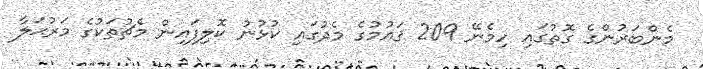
މެންބަރުންގެ ގޮތުގައި ހިމެނޭ 209 ޤައުމުގެ މެދުގައި ކުޅުނު ކޮލިފައިން މެޗުތަކުގެ މަރުޙަލާ